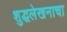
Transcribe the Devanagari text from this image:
शुद्धलेखनाचा